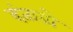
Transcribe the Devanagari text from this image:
दंताग्रो